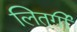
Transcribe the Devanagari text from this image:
लितर्गी